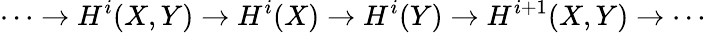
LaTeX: \cdots\to H^{i}(X,Y)\to H^{i}(X)\to H^{i}(Y)\to H^{i+1}(X,Y)\to\cdots